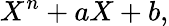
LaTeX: X^{n}+aX+b,